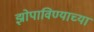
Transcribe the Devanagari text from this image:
झोपाविण्याच्या